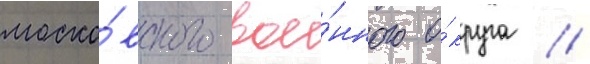
моско́вского вое́нного о́круга //